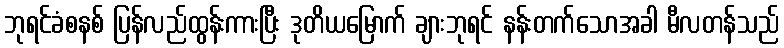
ဘုရင်ခံစနစ် ပြန်လည်ထွန်းကားပြီး ဒုတိယမြောက် ချားဘုရင် နန်းတက်သောအခါ မီလတန်သည်